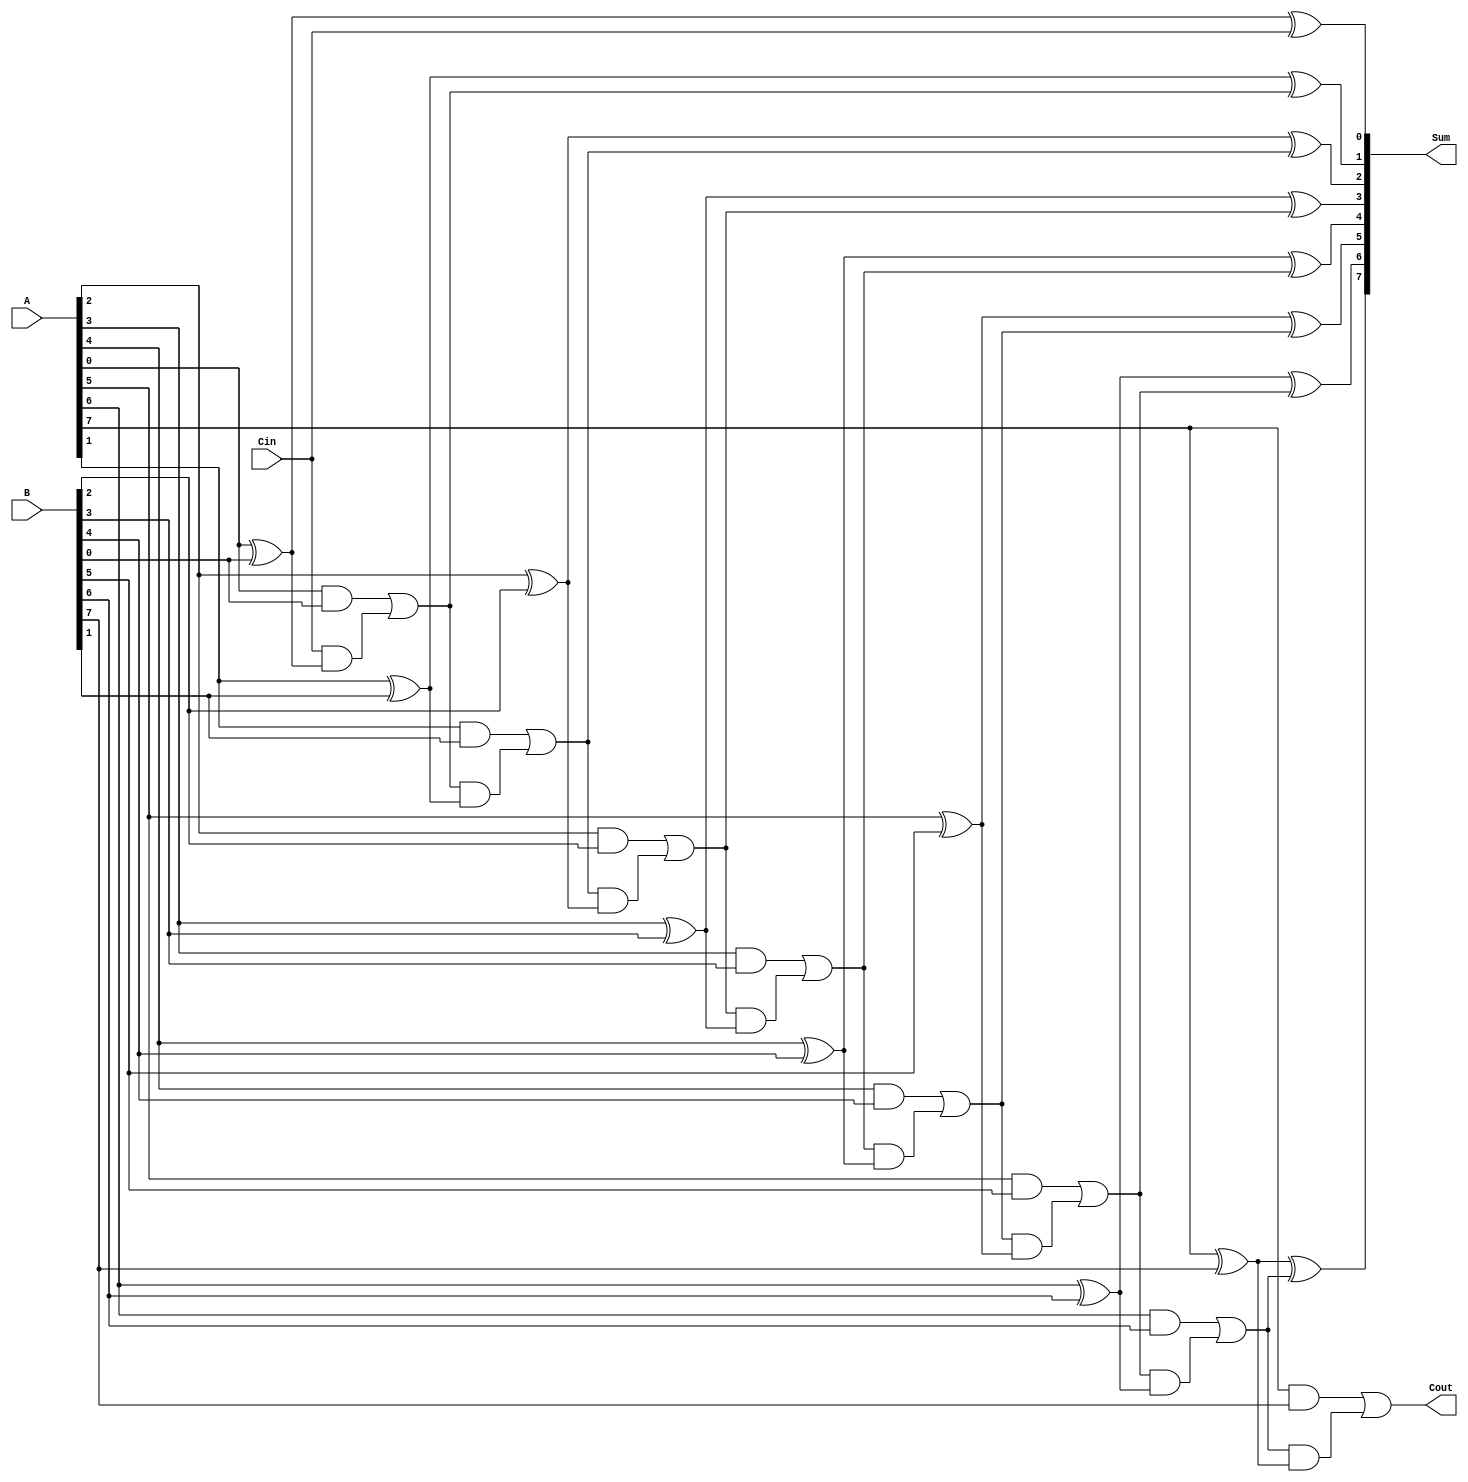
module ManchesterCarryChainAdder #(
    parameter WIDTH = 8 // Width of the adder (number of bits)
)(
    input  [WIDTH-1:0] A,    // First operand
    input  [WIDTH-1:0] B,    // Second operand
    input        Cin,         // Carry input
    output [WIDTH-1:0] Sum,   // Sum output
    output       Cout         // Carry output
);

    wire [WIDTH:0] carry; // Carry chain, one extra bit for the final carry out

    // Assign the initial carry input
    assign carry[0] = Cin;

    // Generate Sum and Carry for each bit
    genvar i;
    generate
        for (i = 0; i < WIDTH; i = i + 1) begin : adder_stage
            wire A_i = A[i];
            wire B_i = B[i];
            wire Cin_i = carry[i];

            // Sum calculation using XOR
            assign Sum[i] = A_i ^ B_i ^ Cin_i;

            // Carry generation using AND and OR gates
            assign carry[i + 1] = (A_i & B_i) | (Cin_i & (A_i ^ B_i));
        end
    endgenerate

    // Final carry out
    assign Cout = carry[WIDTH];

endmodule